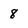
Character: 8